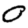
Digit: 0